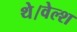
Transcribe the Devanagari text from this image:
थे।वेल्श